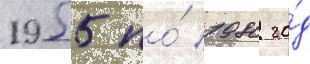
1955 по́ 1980 го́д